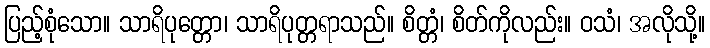
ပြည့်စုံသော။ သာရိပုတ္တော၊ သာရိပုတ္တရာသည်။ စိတ္တံ၊ စိတ်ကိုလည်း။ ဝသံ၊ အလိုသို့။